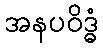
အနပဝိဒ္ဓံ